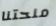
منحتنا